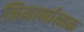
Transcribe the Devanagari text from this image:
निमार्णात्मक